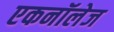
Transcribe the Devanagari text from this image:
एकनॉलेज